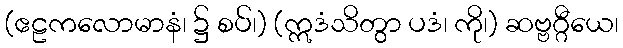
(ဧဠကလောမာနံ၊ ၌ စပ်၊) (ဣဒံသိတွာ ပဒံ၊ ကို၊) ဆဗ္ဗဂ္ဂီယေ၊